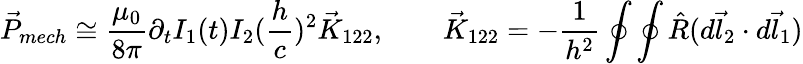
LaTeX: \vec{P}_{mech}\cong\frac{\mu_{0}}{8\pi}\partial_{t}I_{1}(t)I_{2}(\frac{h}{c})^{2}\vec{K}_{122},\qquad\vec{K}_{122}=-\frac{1}{h^{2}}\oint\oint\hat{R}(d\vec{l}_{2}\cdot d\vec{l}_{1})